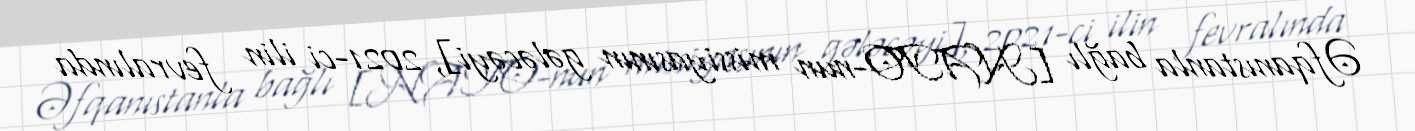
Əfqanıstanla bağlı [NATO-nun missiyasının gələcəyi], 2021-ci ilin fevralında